Source: Handwritten
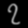
Digit: ၇ (7)